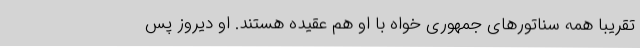
تقریبا همه سناتورهای جمهوری خواه با او هم عقیده هستند. او دیروز پس